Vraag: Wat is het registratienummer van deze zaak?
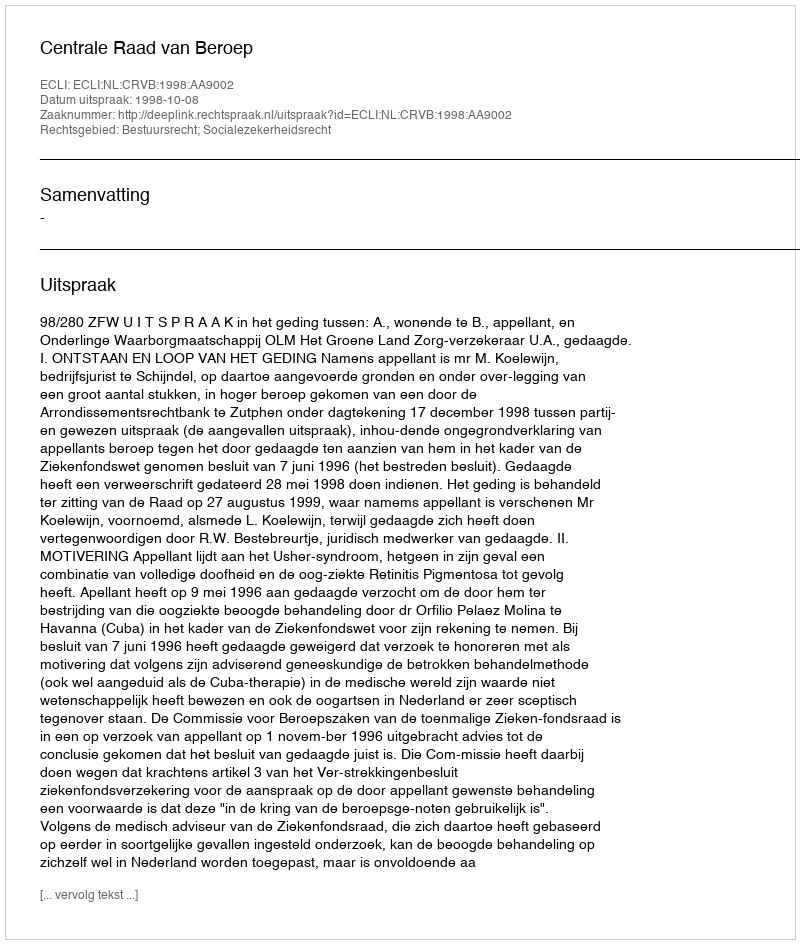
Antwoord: http://deeplink.rechtspraak.nl/uitspraak?id=ECLI:NL:CRVB:1998:AA9002